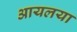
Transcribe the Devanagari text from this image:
आयलया